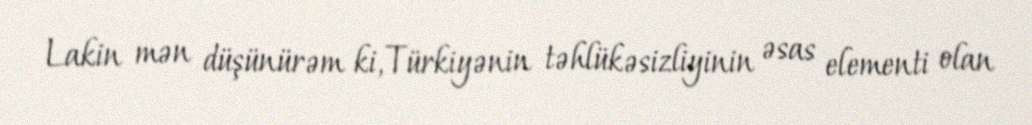
Lakin mən düşünürəm ki, Türkiyənin təhlükəsizliyinin əsas elementi olan